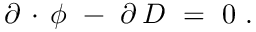
\partial \, \cdot \, \phi \ - \ \partial \, D \ = \ 0 \ .